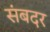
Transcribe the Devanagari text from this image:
संबदर